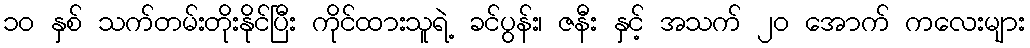
၁၀ နှစ် သက်တမ်းတိုးနိုင်ပြီး ကိုင်ထားသူရဲ့ ခင်ပွန်း၊ ဇနီး နှင့် အသက် ၂၀ အောက် ကလေးများ